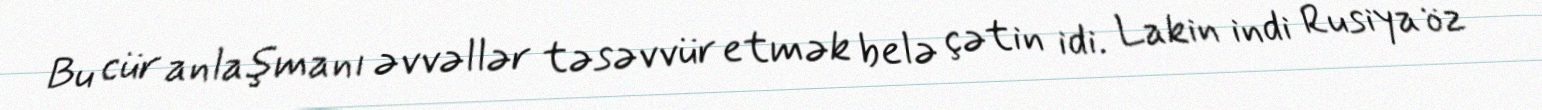
Bu cür anlaşmanı əvvəllər təsəvvür etmək belə çətin idi. Lakin indi Rusiya öz